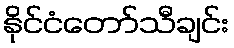
နိုင်ငံတော်သီချင်း